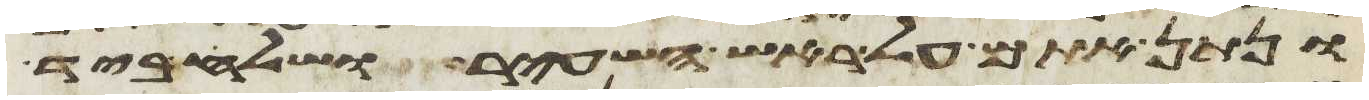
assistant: ונתן אתם על ראש השעיר ושלח ביד